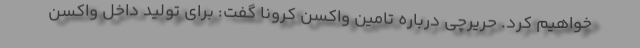
خواهیم کرد. حریرچی درباره تامین واکسن کرونا گفت: برای تولید داخل واکسن